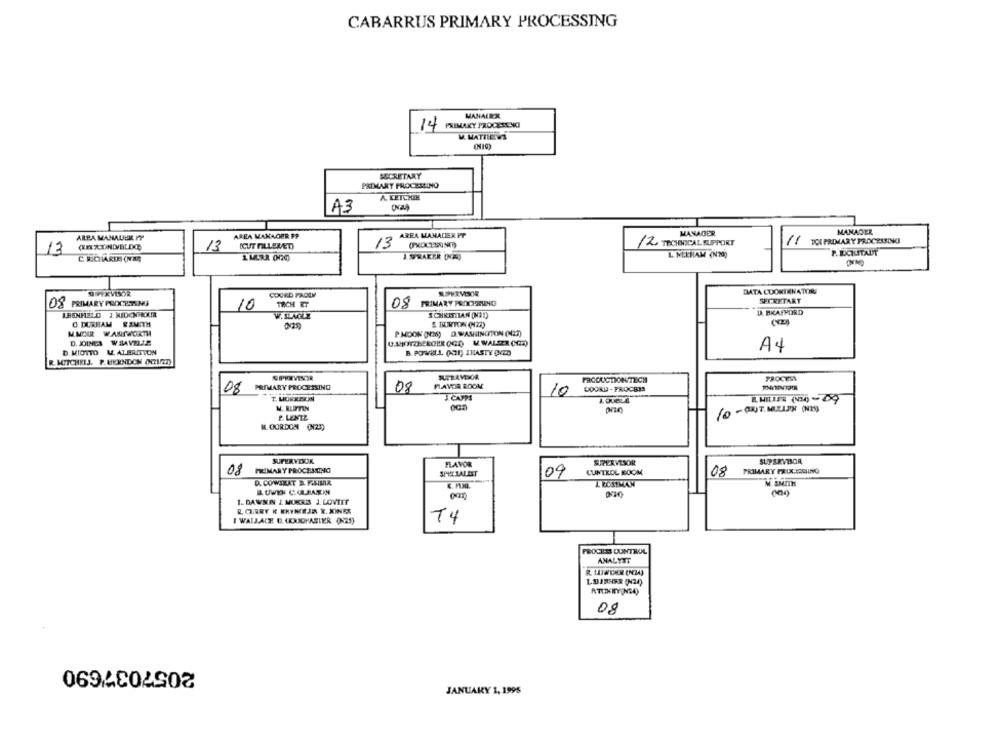
CABARRUS PRIMARY PROCESSING
MANALEX
14
PRIMARY PROCERENGI
M. MATHEWS
SECRETARY
PRIMARY PROCESSING
A. KETCHIN
A3
MANAGER
MANAGER
ARPA MAHALLE PY
AREA MANAGER F9
AREA MAMADIER PP
ICUT FILLERET)
13
12 TECHNICAL SUPPORT
11
TOL PRIMARY PROCESSING
17
13
P. BICIUSTADT
C. R.CARDS (NM
I MURR 000
J. SPRAEER (NOA)
L NEEHAM (N20)
DATA COOKINNATORRI
ARYxVISOR
COORD FAQLY
SUPERVISOR
OS PRIMARY PROCESSING
TOCH ET
OS PRIMARY PROCHEUNG
SECRETARY
10
D. BKAFFORD
LBENFIELD J. MIDONHOUR
W. SINGLE
SCHRITTIAN (NAD
O. DURRAM RSMITH
MMOR WARPWORTH
PMOON (NOM) D.WASHINGTON (N27)
D. JOINES WSAVELLE
U.AHOTZBERGER OGR) . WALSER (OR)
A4
D. MIOTTO W. ALBRITTON
B. POWELL (AMI) 1HASTY ONED
R. MUTCHRIJ. P. HERNDON (1/2)
PREVENIR
STRAVISOR
PRODUCTION TECH
PROCESS
FAVOR ROOM
08
PRIMARY PROCESSING
08
10
DOORU - PROCBIS
J. CAPPS
R. MILLER (10)- 29
P. LENTZ
R. GORDON (25)
SUPERVISOR
SUPERVISOR
FLAVOR
SUPERVISOR
08
PRIMARY PROCHAINO
SPEZIALIST
09
CUNTKOL ROOM
08
PRIMARY FALK LASHING
D. COWIKAT B. F.SIMAR
L ROSTMAN
M. SMITH
1. DAWSON I MORRIS J LOVTIT
R GREY K KRYMIEJN R. KINES
I WALLACE D. (OUDMASTER (225)
T4
PROCEDI DUNTROL
ANALYST
R. UINDER (NI4)
ATITHEY(N24)
08
JANUARY 1, 1995